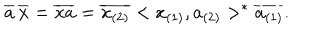
\overline { { { a } } } \, \overline { { { x } } } = \overline { { { x a } } } = \overline { { { x _ { ( 2 ) } } } } < x _ { ( 1 ) } , a _ { ( 2 ) } > ^ { * } \overline { { { a _ { ( 1 ) } } } } .